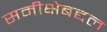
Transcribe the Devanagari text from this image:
समीक्षेबद्दल